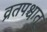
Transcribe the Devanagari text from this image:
व्रतपश्चात्‌